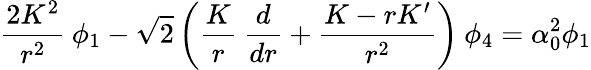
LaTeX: {\frac{2K^{2}}{r^{2}}}\: \phi_{1}-\sqrt 2\left({\frac{K}{r}}\: {\frac{d}{dr}}+{\frac{K-rK^{\prime}}{r^{2}}}\right)\: \phi_{4}=\alpha_{0}^{2}\phi_{1}